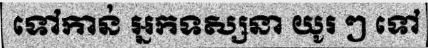
ទៅកាន់ អ្នកទស្សនា យូរ ៗ ទៅ